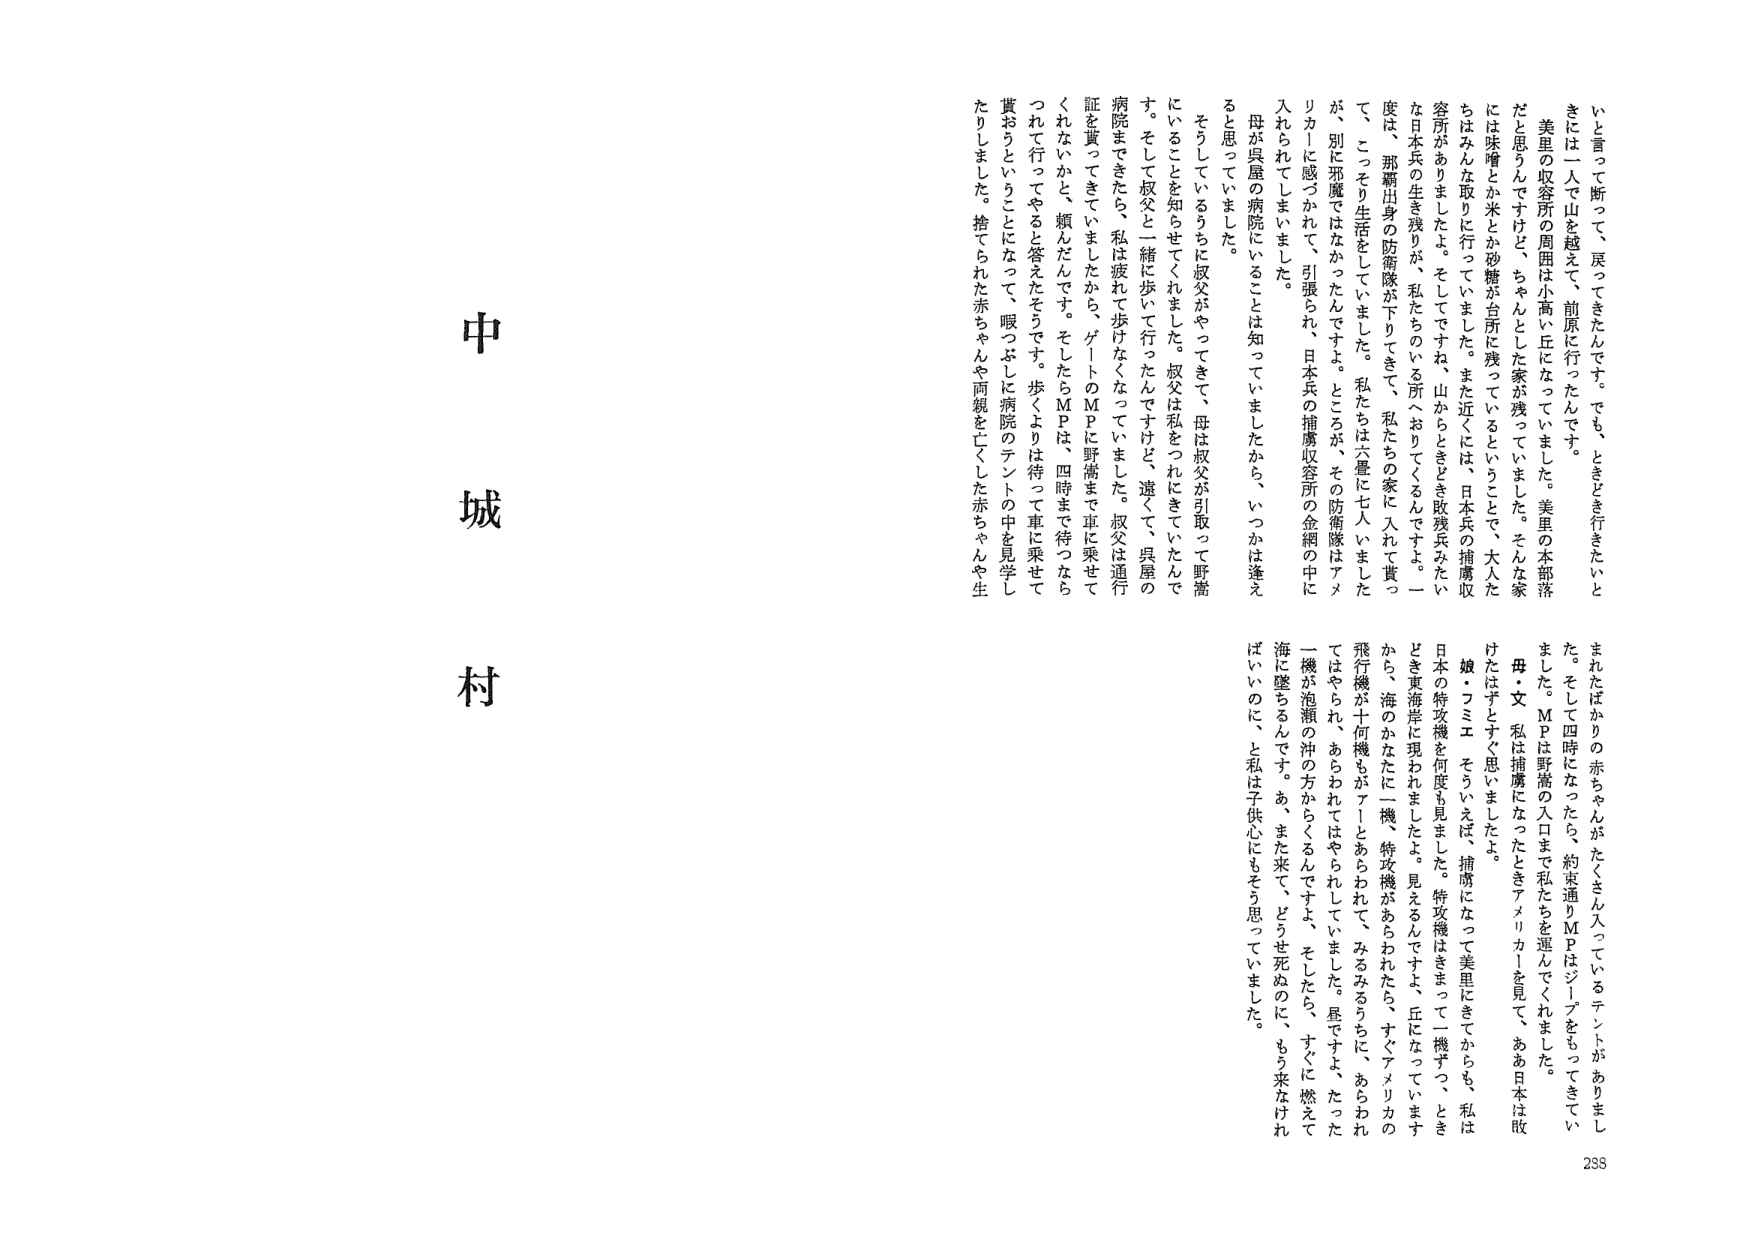
中
城
村

いと言って断って、戻ってきました。でも、ときどき行きたいと
きには一人で山を越えて、前原に行っただけです。
美星の収容所の周囲は小高い丘になっていました。美星の本部落
だと思うんですけど、ちゃんとした家が残っていました。そんな家
には味噌とか米とか砂糖が自所に残っていることで、大人た
ちはみんな取りに行っていました。また近いには、日本兵の捕虜収
容所がありました。そしてですね、山からときどき敗残兵みたいな
日本兵の生き残りが、私たちのいる所へおりてくるんですよ。一
度は、那覇出身の防衛隊が下りてきて、私たちの家に入れて貰っ
て、こっそり生活をしていました。私たちは六畳に七人いました
が、別に邪魔ではなかったんですよ。ところが、その防衛隊はアメ
リカ人に感づかれて、引張られ、日本兵の捕虜収容所の金網の中に
入れられてしまいました。
母が呉屋の病院にいることは知っていましたから、いつかは逢え
ると思っていました。
そうしているうちに叔父がやってきて、母は叔父が引取って野嵩
にいることを知らせてくれました。叔父は私をつれにきていたんで
す。そして叔父と一緒に歩いて行ったんですけど、遠くて、呉屋の
病院まできたら、私は疲れて歩けなくなっていました。叔父は通行
証を貰ってきていましたから、ゲートのＭＰは野嵩まで車に乗せて
くれないかと、頼んだんです。そしたらＭＰは、四時まで待つなら
つれて行ってやると答えたそうです。歩くよりは待って車に乗せて
貰おうということになって、暇つぶしに病院のテントの中を見学し
たりしました。捨てられた赤ちゃんや両親を亡くした赤ちゃんが生
まれたばかりの赤ちゃんがたくさん入っているテントがありまし
た。そして四時になったら、約束通りＭＰはジープをもってきてく
ました。ＭＰは野嵩の入口まで私たちを運んでくれました。
母・文　私は捕虜になったときアメリカ人を見て、ああ日本は敗
けたはずとすぐ思いましたよ。
娘・フミエ　そういえば、捕虜になって美里にきてからも、私は
日本の特攻機を何度も見ました。特攻機はきまって一機ずつ、とき
どき東海岸に現われましたよ。見えるんですよ、丘になっています
から、海のかなたに一機、特攻機があらわれたら、すぐアメリカの
飛行機が十何機もがアーッとあらわれて、みるみるうちに、あらわれ
てはやられ、あらわれてはやられていました。星ですよ、たった
一機が泡瀬の沖の方からくるんですよ、そしたら、すぐに燃えて
海に墜ちるんです。あ、また来て、どうせ死ぬのに、もう来なけれ
ばいいのに、と私は子供心にもそう思っていました。

258